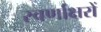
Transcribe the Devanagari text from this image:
स्‍वर्णाक्षरों